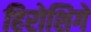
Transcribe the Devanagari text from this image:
हिरोशिगे